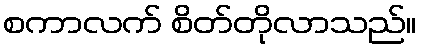
စကာလက် စိတ်တိုလာသည်။